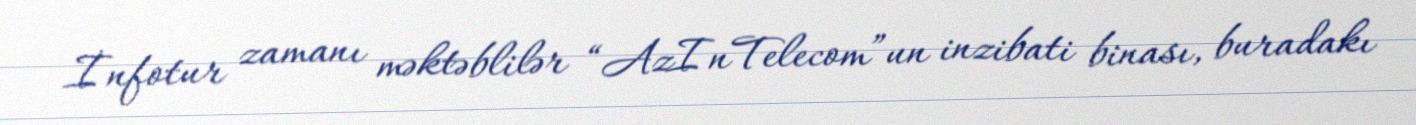
İnfotur zamanı məktəblilər “AzInTelecom”un inzibati binası, buradakı